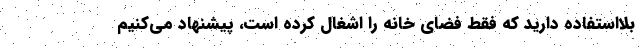
بلااستفاده دارید که فقط فضای خانه را اشغال کرده است، پیشنهاد می‌کنیم